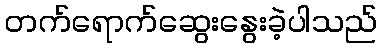
တက်ရောက်ဆွေးနွေးခဲ့ပါသည်